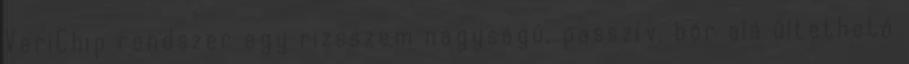
VeriChip rendszer egy rizsszem nagyságú, passzív, bőr alá ültethető